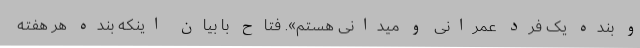
و بنده یک فرد عمرانی و میدانی هستم». فتاح با بیان اینکه بنده هر هفته